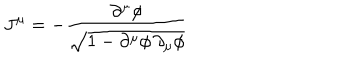
J ^ { \mu } = - \frac { \partial ^ { \mu } \phi } { \sqrt { 1 - \partial ^ { \mu } \phi \, \partial _ { \mu } \phi } }